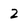
Character: 2